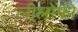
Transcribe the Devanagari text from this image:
लीलोफी